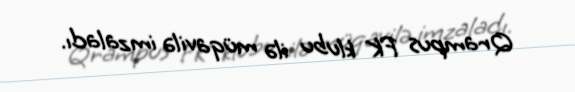
Qrampus FK klubu ilə müqavilə imzaladı.